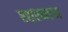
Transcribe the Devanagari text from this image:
एसएमएम